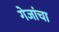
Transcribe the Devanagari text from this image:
गेजांचा